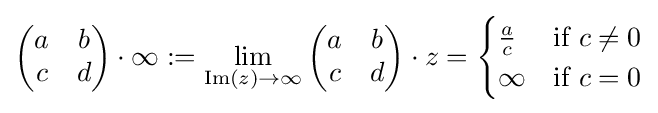
{\begin{pmatrix}a&b\\c&d\\\end{pmatrix}}\cdot \infty :=\lim _{\operatorname {Im} (z)\to \infty }{\begin{pmatrix}a&b\\c&d\\\end{pmatrix}}\cdot z={\begin{cases}{\frac {a}{c}}&{\text{if }}c\neq 0\\\infty &{\text{if }}c=0\end{cases}}